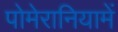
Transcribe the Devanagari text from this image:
पोमेरानियामें